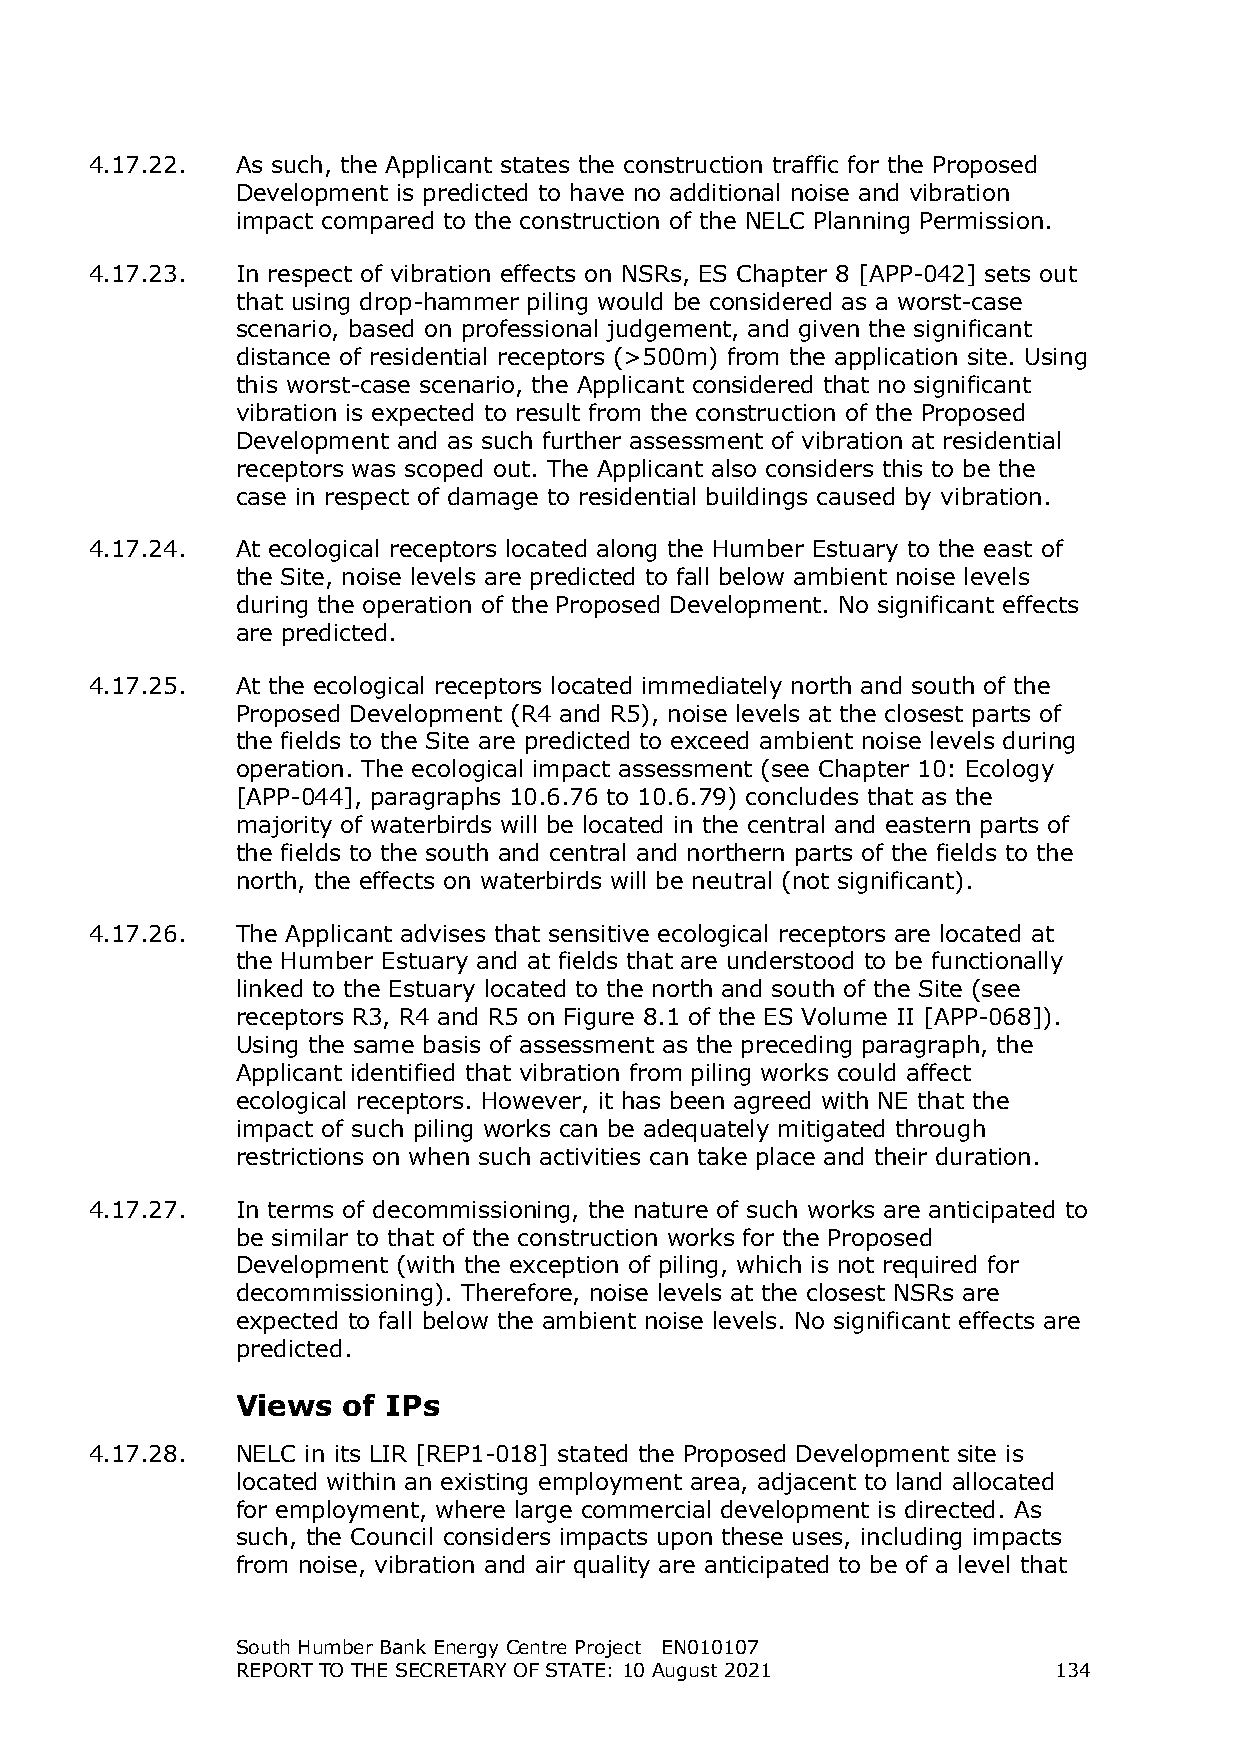
4.17.22.  As such, the Applicant states the construction traffic for the Proposed
 Development is predicted to have no additional noise and vibration
 impact compared to the construction of the NELC Planning Permission.
 4.17.23.  In respect of vibration effects on NSRs, ES Chapter 8 [APP-042] sets out
 that using drop-hammer piling would be considered as a worst-case
 scenario, based on professional judgement, and given the significant
 distance of residential receptors (>500m) from the application site. Using
 this worst-case scenario, the Applicant considered that no significant
 vibration is expected to result from the construction of the Proposed
 Development and as such further assessment of vibration at residential
 receptors was scoped out. The Applicant also considers this to be the
 case in respect of damage to residential buildings caused by vibration.
 4.17.24.  At ecological receptors located along the Humber Estuary to the east of
 the Site, noise levels are predicted to fall below ambient noise levels
 during the operation of the Proposed Development. No significant effects
 are predicted.
 4.17.25.  At the ecological receptors located immediately north and south of the
 Proposed Development (R4 and R5), noise levels at the closest parts of
 the fields to the Site are predicted to exceed ambient noise levels during
 operation. The ecological impact assessment (see Chapter 10: Ecology
 [APP-044], paragraphs 10.6.76 to 10.6.79) concludes that as the
 majority of waterbirds will be located in the central and eastern parts of
 the fields to the south and central and northern parts of the fields to the
 north, the effects on waterbirds will be neutral (not significant).
 4.17.26.  The Applicant advises that sensitive ecological receptors are located at
 the Humber Estuary and at fields that are understood to be functionally
 linked to the Estuary located to the north and south of the Site (see
 receptors R3, R4 and R5 on Figure 8.1 of the ES Volume II [APP-068]).
 Using the same basis of assessment as the preceding paragraph, the
 Applicant identified that vibration from piling works could affect
 ecological receptors. However, it has been agreed with NE that the
 impact of such piling works can be adequately mitigated through
 restrictions on when such activities can take place and their duration.
 4.17.27.  In terms of decommissioning, the nature of such works are anticipated to
 be similar to that of the construction works for the Proposed
 Development (with the exception of piling, which is not required for
 decommissioning). Therefore, noise levels at the closest NSRs are
 expected to fall below the ambient noise levels. No significant effects are
 predicted.
 Views  of IPs
 4.17.28.  NELC in its LIR [REP1-018] stated the Proposed Development site is
 located within an existing employment area, adjacent to land allocated
 for employment, where large commercial development is directed. As
 such, the Council considers impacts upon these uses, including impacts
 from noise, vibration and air quality are anticipated to be of a level that
 South Humber Bank Energy Centre Project EN010107
 REPORT TO THE SECRETARY OF STATE: 10 August 2021      134